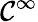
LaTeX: \mathcal{C}^{\infty}